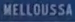
MELLOUSSA